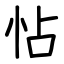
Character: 怗